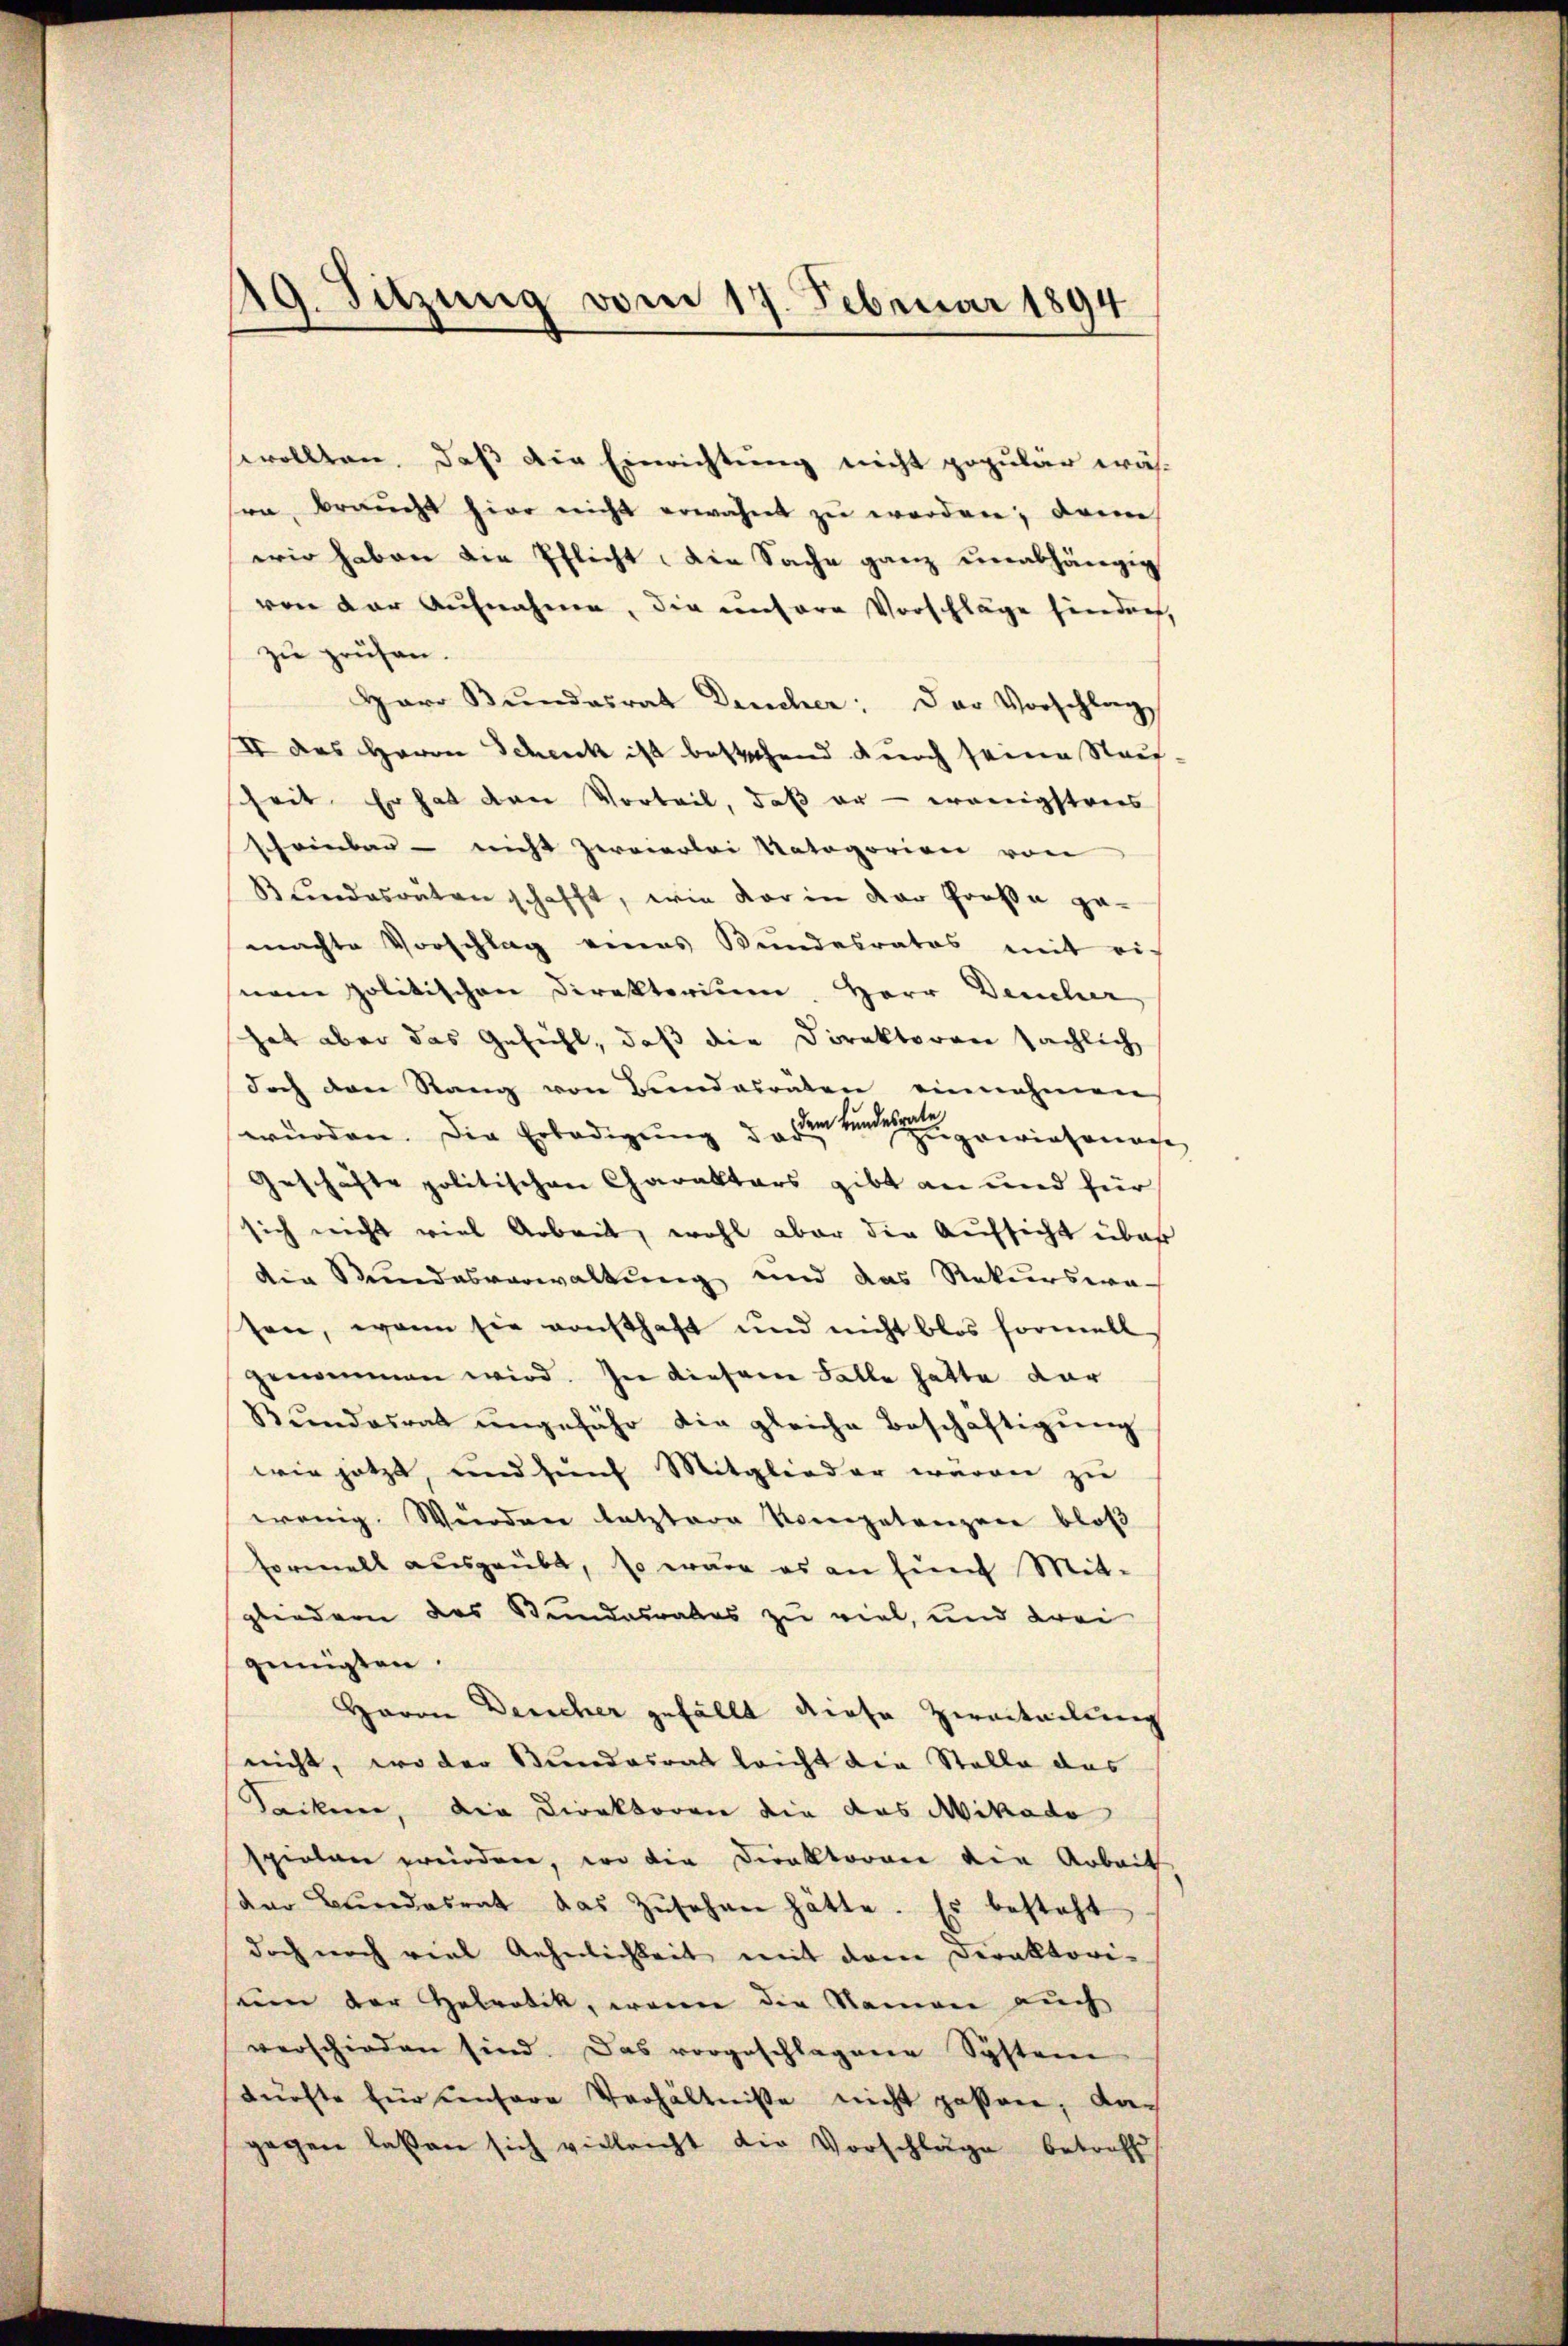
19. Sitzung vom 17. Februar 1894

sewollten. Daß die Einrichtung nicht populär wäh-
sen, braucht hier nicht erwähnt zu worden; dann
wir haben die Pflicht die Sache ganz unabhängig
ven der Aufnahme, die unsere Vorschläge hierdach,
zu prüfen.
Herr Bundesrat Deucher: Der Vorschlag
II des Herrn Scheick ist bestehend durch seinen Stauf-
heit. Er hat den Vorteil, daß er - wenigstreis
schreiben - nicht zweierlei Natagorien von
 findesratenschafft, wie vor in der Große ge-
machte Vorschlag eines Bundesrates mit einem politischen Direktorium, Herr Deucher
hat aber das Gefühl, daß die Direktoren sächlich
doch den Rang von Bundesräten einnahmen
würden. Die Erledigung der keinen eingenosse
Geschäfte politischen Charakters gibt an und für
sich nicht viel Arbeit, wohl aber die Aufsicht über
die Stundesverwaltung und das Rekurswasen, wenn sie vonsthaft und nicht blos formell
genommen wird. In dieser Falle hatte dar
Bŭndesrat ŭngefähr die gleiche Beschäftigŭng
wie jetzt, und fünf Mitglieder waren zŭ
wenig. Würden letztere Vorgetanzen bloß
Formell ausgeübt, so wäre es an fünf Mitgliedern das Bundesrates zu viel, und drei
genügten.
Haron Bericher gefällt diese Zweiteilung
nicht, wo der Bundesrat leicht die Stelle das
Sacken, die Direktoren die das Mikado
spielen ereindere, wo die Direktoran die Arbeit
der Bŭndesrat das Zŭsehen hätte. Es besteht
doch noch viel Gehelichkeit mit dem Deraktori-
um der Helrotik, wenn die Namen auch
verschieden sind. Das vorgeschlagene System
dürfte für unsere Verhältniße nicht passen, das
gegen lassen sich vielleicht die Vorschläge betreff